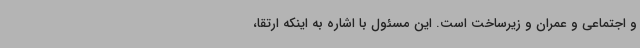
و اجتماعی و عمران و زیرساخت است. این مسئول با اشاره به اینکه ارتقا،